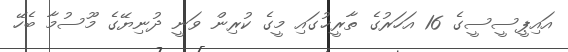
އައިޕީސީސީގެ 16 އަހަރުގެ ތާރީޚުގައި މީގެ ކުރިން ވަނީ ދުނިޔޭގެ މޫސުމާ ބެހޭ